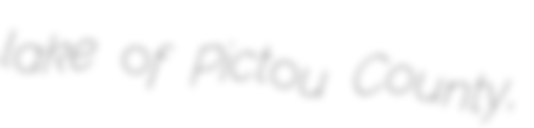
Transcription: lake of Pictou County,